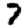
Digit: 7